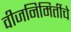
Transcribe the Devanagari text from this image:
वीजनिमिर्तीचे